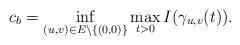
\begin{align*}c_{b}=\mathop{\inf}\limits_{(u,v)\in E\setminus\{(0,0)\}}\mathop{\max}\limits_{t>0}I(\gamma_{u,v}(t)).\end{align*}